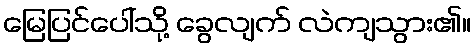
မြေပြင်ပေါ်သို့ ခွေလျက် လဲကျသွား၏။